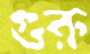
গুরু